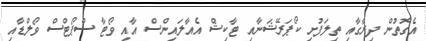
އެގޮތުން ދިރާގާއި ތިލަފުށި ކޯޕަރޭޝަނާއި ޓާކިޝް އެއާލައިންސް އާއި ވޯޓާ ސްޕޯޓްސް ވޯލްޑާއި